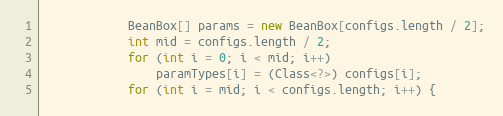
Language: Java
			BeanBox[] params = new BeanBox[configs.length / 2];
			int mid = configs.length / 2;
			for (int i = 0; i < mid; i++)
				paramTypes[i] = (Class<?>) configs[i];
			for (int i = mid; i < configs.length; i++) {